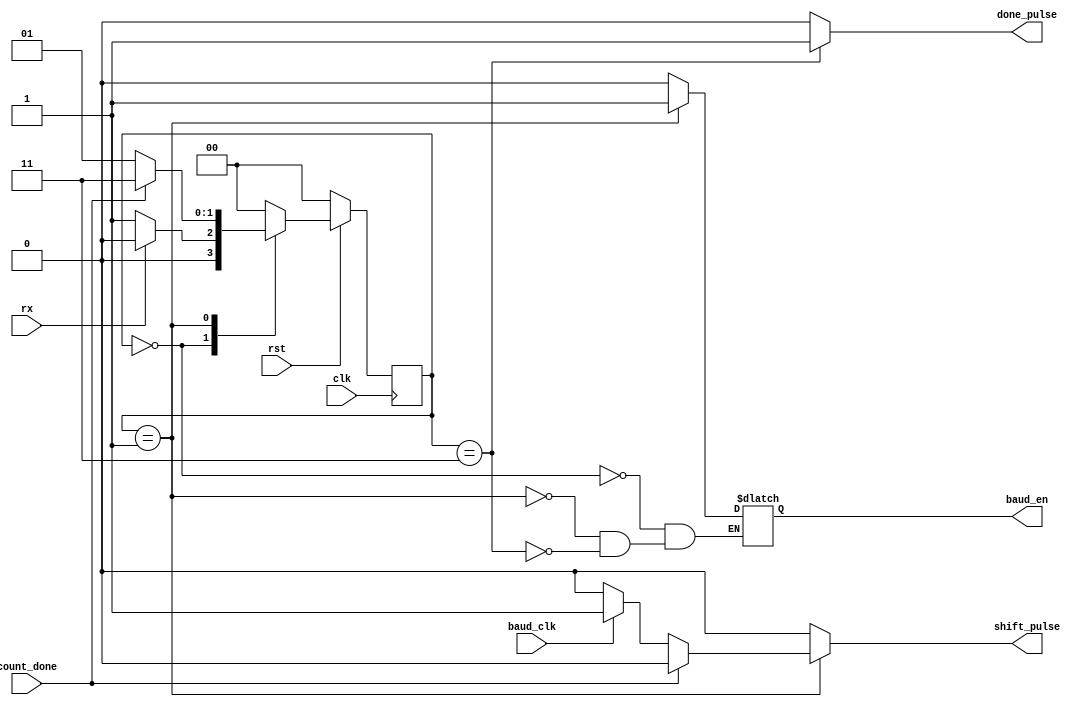
module rx_controller(
	input clk, // system clock
	input rst,  // reset pulse from single pulser
	input baud_clk,  // baud pulse
	input rx,
	input count_done,  // count done for data bits
	output reg baud_en, // generate baud pulse
	output shift_pulse, // shift pulse
	output done_pulse // load pulse
);
	
	reg [1:0] current_state = 2'b00; // current state
	reg [1:0] next_state = 2'b00;  //next state
	reg shift_en = 1'b0;  // shift signal
	reg done_en = 1'b0;  // done signal
	localparam wait_state = 2'b00; // wait for send
	localparam shift_state = 2'b01; // state for shift data
	localparam done_state = 2'b11; // state for shift data
	
	always @(posedge clk) // poseedge clock and reset key
		begin
			if(!rst)
				begin
					current_state <= wait_state; // reset state
				end
			else
				begin
					current_state <= next_state; // update state
				end
		end
	
	always @(current_state, rx, baud_clk, count_done) // trigger condition
		begin
			shift_en = 1'b0;
			done_en = 1'b0;
			case (current_state) // Selection state
			wait_state:
				begin
					baud_en = 1'b0;
					if (rx) // when receive
						begin
							next_state = wait_state; // keep state
						end
					else
						begin
							next_state = shift_state; // next state
						end
				end
				
			shift_state:
				begin
					baud_en = 1'b1; // enable baud pulse generate
					if (count_done) // count done signal from bit count
						begin							
							next_state = done_state; // next state
						end
					else
						begin
							if(baud_clk) // when baud pulse
								begin
									shift_en = 1'b1; // shift signal
								end
							next_state = shift_state; // keep state
						end
				end
			
			done_state:
				begin
					baud_en = 1'b0; // stop generate baud_clk
					done_en = 1'b1; // shift done signal
					next_state = wait_state;
				end
			
			default: 
				begin
					next_state = wait_state;
				end
			endcase
		end
		
	assign shift_pulse = shift_en;
	assign done_pulse = done_en;
	
endmodule